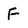
Character: F